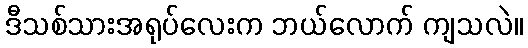
ဒီသစ်သားအရုပ်လေးက ဘယ်လောက် ကျသလဲ။